Vaccination in Bombay 1863-1868 - 1863-1868
Year: 1863
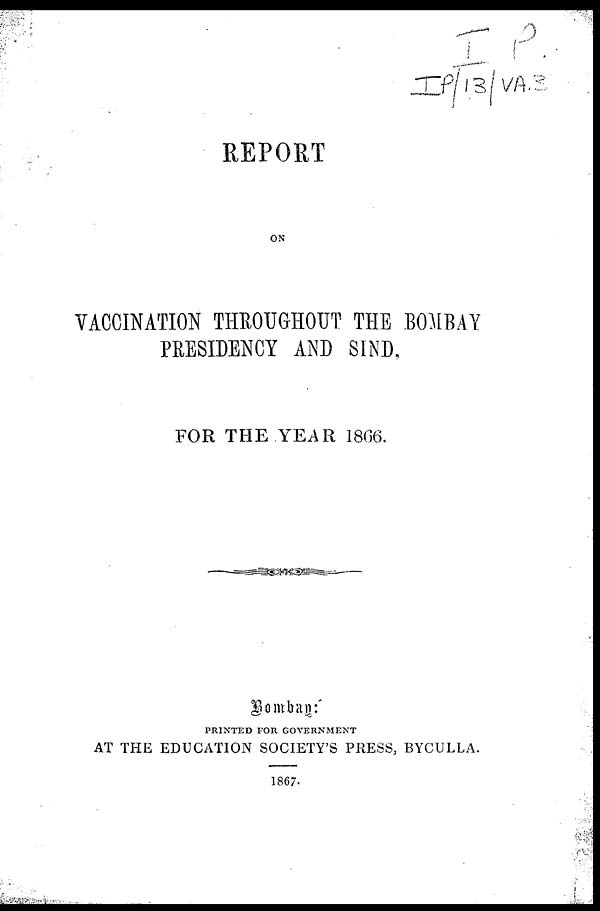
REPORT
ON
VACCINATION THROUGHOUT THE BOMBAY
PRESIDENCY AND SIND,
FOR THE YEAR 1866.
BOMBAY:
PRINTED FOR GOVERNMENT
AT THE EDUCATION SOCIETY'S PRESS, BYCULLA.
1867.